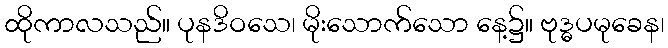
ထိုကာလသည်။ ပုနဒိဝသေ၊ မိုးသောက်သော နေ့၌။ ဗုဒ္ဓပမုခေန၊